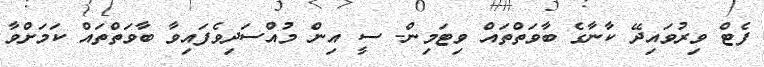
ފެޓް ވިރުވައިދޭ ކާނާގެ ބާވަތްތައް ވިޓަމިން- ސީ އިން މުއްސަދިވެފައިވާ ބާވަތްތައް ކަމަށްވާ